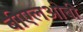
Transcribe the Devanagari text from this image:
बीएलओबी